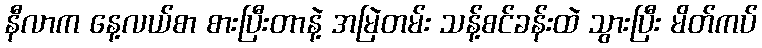
နီလာက နေ့လယ်စာ စားပြီးတာနဲ့ အမြဲတမ်း သန့်စင်ခန်းထဲ သွားပြီး မိတ်ကပ်